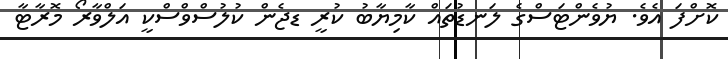
ކޮށްފަ އެވެ. ޔުވެންޓަސްގެ ލަނޑުތައް ކާމިޔާބު ކުރީ ޑޖެން ކުލުސްވްސްކީ އަލްވާރޯ މޮރާޓާ